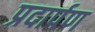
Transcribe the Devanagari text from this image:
प्रदार्पण